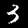
Digit: 3